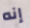
إنه